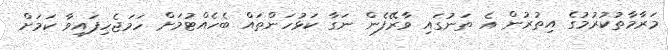
މަރާމާތުކުރުމުގެ އިތުރުން އެ ތަނުގައި ވާރޭފެން ނަގާ ކަޅުހަންތައް ބެހެއްޓުމަށް ހަމަޖެހިފައިވާ ކަމަށް